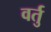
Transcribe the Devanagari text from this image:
वर्तु